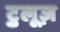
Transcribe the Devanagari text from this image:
टुलूज़